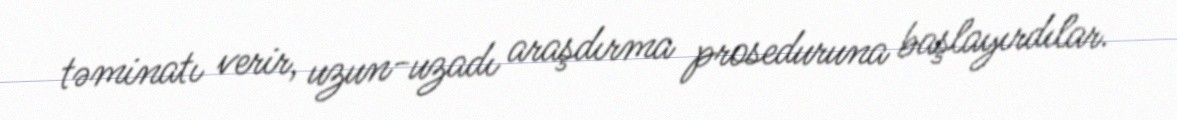
təminatı verir, uzun-uzadı araşdırma proseduruna başlayırdılar.